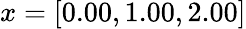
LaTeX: x=[0.00,1.00,2.00]